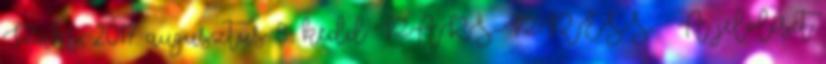
Paks, 2017. augusztus 8., kedd PAKS-PRESS – A jelölését